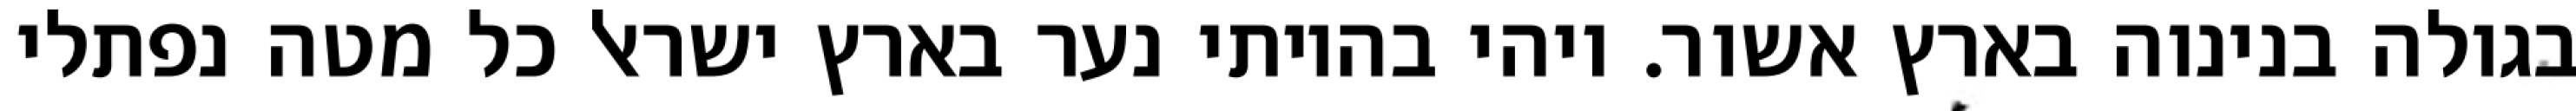
בגולה בנינוה בארץ אשור. ויהי בהיותי נער בארץ ישראל כל מטה נפתלי